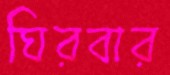
ঘিরবার